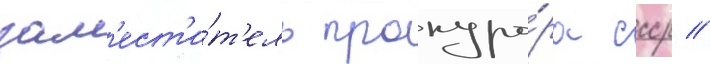
зам'ест'и́т'ель прокуро́ра ссср //